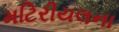
મટિરીયલના